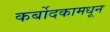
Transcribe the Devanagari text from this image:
कर्बोदकामधून